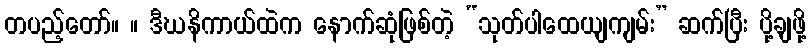
တပည့်တော်။ ။ ဒီဃနိကာယ်ထဲက နောက်ဆုံဖြစ်တဲ့ “သုတ်ပါထေယျကျမ်း” ဆက်ပြီး ပို့ချဖို့